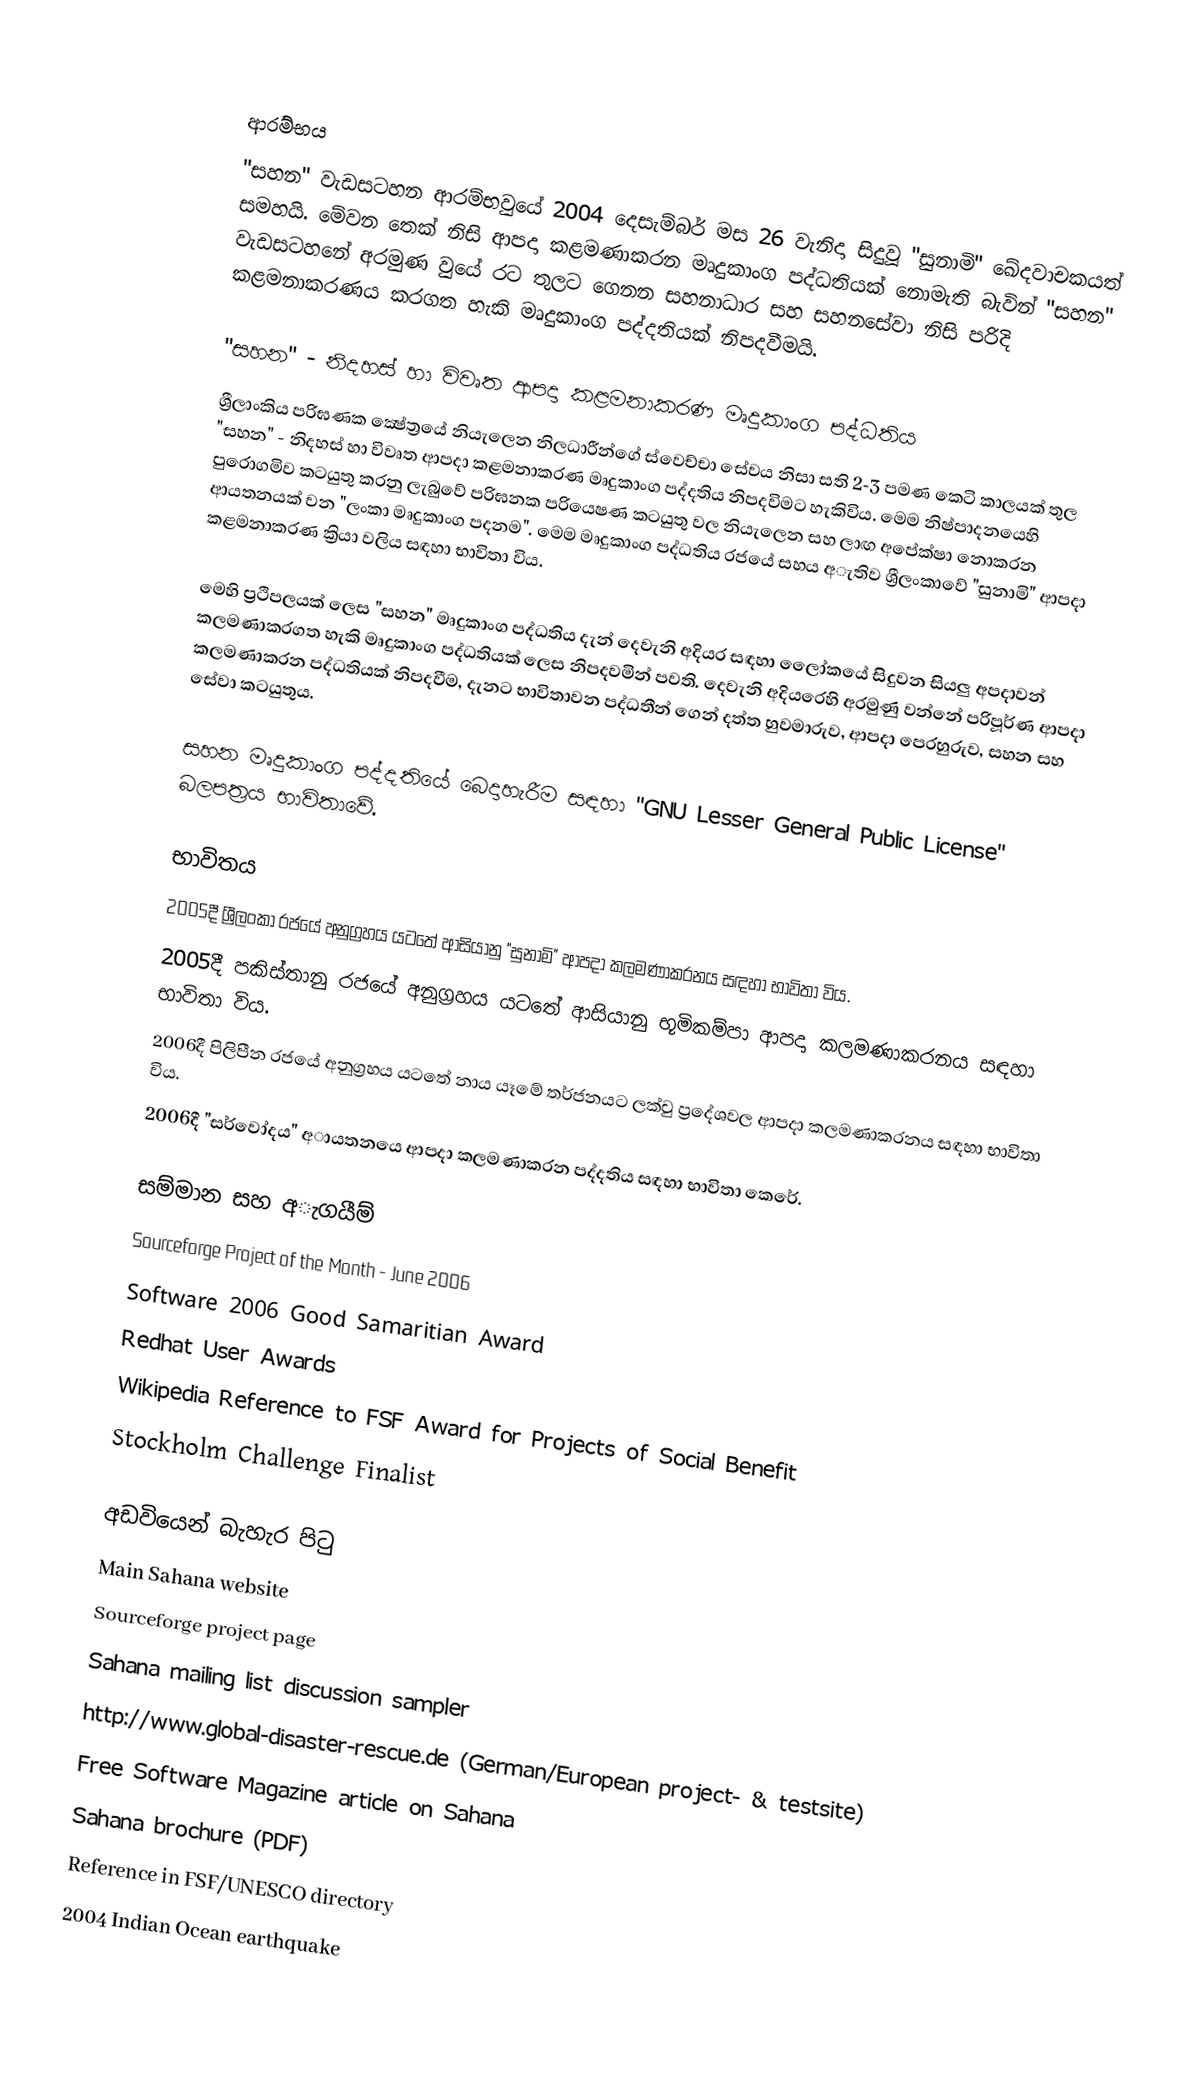

ආරම්භය
"සහන" වැඩසටහන ආරම්භවුයේ 2004 දෙසැම්බර් මස 26 වැනිදා සිදුවූ "සුනාමි" ඛේදවාචකයත් සමහයි. මේවන තෙක් නිසි ආපදා කළමණාකරන මෘදුකාංග පද්ධතියක් නොමැති බැවින් "සහන" වැඩසටහනේ අරමුණ වුයේ රට තුලට ගෙනන සහනාධාර සහ සහනසේවා නිසි පරිදි කළමනාකරණය කරගත හැකි මෘදුකාංග පද්දතියක් නිපදවීමයි.

"සහන" - නිදහස් හා විවෘත ආපදා කළමනාකරණ මෘදුකාංග පද්ධතිය
ශ්‍රීලාංකිය පරිඝණක ක්‍ෂේත්‍රයේ නියැලෙන නිලධාරීන්ගේ ස්වෙච්චා සේවය නිසා සති 2-3 පමණ කෙටි කාලයක් තුල "සහන" - නිදහස් හා විවෘත ආපදා කළමනාකරණ මෘදුකාංග පද්දතිය නිපදවිමට හැකිවිය. මෙම නිෂ්පාදනයෙහි පුරොගමිව කටයුතු කරනු ලැබුවේ පරිඝනක පරියෙෂණ කටයුතු වල නියැලෙන සහ ලාඟ අපේක්‌ෂා නොකරන ආයතනයක් වන "ලංකා මෘදුකාංග පදනම". මෙම මෘදුකාංග පද්ධතිය රජයේ සහය අැතිව ශ්‍රීලංකාවේ "සුනාමි" ආපදා කළමනාකරණ ක්‍රියා වලිය සඳහා භාවිතා විය.

මෙහි ප්‍රථිපලයක් ලෙස "සහන" මෘදුකාංග පද්ධතිය දැන් දෙවැනි අදියර සඳහා ලෙෝකයේ සිදුවන සියලු අපදාවන් කලමණාකරගත හැකි මෘදුකාංග පද්ධතියක් ලෙස නිපදවමින් පවති. දෙවැනි අදියරෙහි අරමුණු වන්නේ පරිපූර්ණ ආපදා කලමණාකරන පද්ධතියක් නිපදවීම, දැනට භාවිතාවන පද්ධතීන් ගෙන් දත්ත හුවමාරුව, ආපදා පෙරහුරුව, සහන සහ සේවා කටයුතුය.

සහන මෘදුකාංග පද්දතියේ බෙදාහැරීම සඳහා "GNU Lesser General Public License" බලපත්‍රය භාවිතාවේ.

භාවිතය
 2005දී ශ්‍රීලංකා රජයේ අනුග්‍රහය යටතේ ආසියානු "සුනාමි" ආපදා කලමණාකරනය සඳහා භාවිතා විය.
 2005දී පකිස්තානු රජයේ අනුග්‍රහය යටතේ ආසියානු භූමිකම්පා ආපදා කලමණාකරනය සඳහා භාවිතා විය.
 2006දී පිලිපීන රජයේ අනුග්‍රහය යටතේ නාය යෑමේ තර්ජනයට ලක්වු ප්‍රදේශවල ආපදා කලමණාකරනය සඳහා භාවිතා විය.
 2006දී "සර්වෝදය" අායතනයෙ ආපදා කලමණාකරන පද්දතිය සඳහා භාවිතා කෙරේ.

සම්මාන සහ අැගයීම්
 Sourceforge Project of the Month - June 2006
 Software 2006 Good Samaritian Award
 Redhat User Awards
 Wikipedia Reference to FSF Award for Projects of Social Benefit
 Stockholm Challenge Finalist

අඩවියෙන් බැහැර පිටු
 Main Sahana website
  Sourceforge project page
 Sahana mailing list discussion sampler
 http://www.global-disaster-rescue.de (German/European project- & testsite)
 Free Software Magazine article on Sahana
 Sahana brochure (PDF)
 Reference in FSF/UNESCO directory
 2004 Indian Ocean earthquake